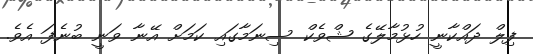
ފިލް ދައްކާނީ ހުޅުމާލޭގެ ޝްވެކް ސިނަމާގައި ކަމަށް އޭނާ ވަނީ ބުނެފަ އެވެ.